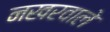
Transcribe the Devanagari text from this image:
नखरवाले